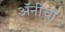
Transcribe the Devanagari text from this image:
अॅनीची